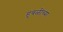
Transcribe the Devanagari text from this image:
हुबळीच्या